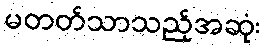
မတတ်သာသည့်အဆုံး